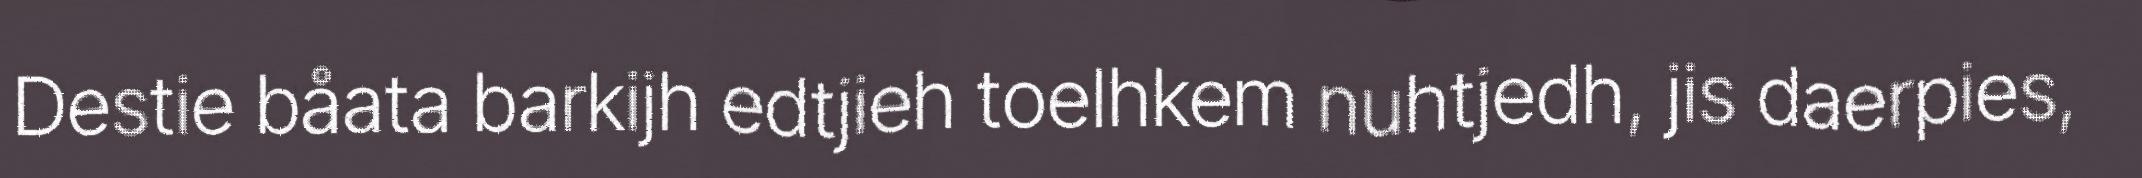
Destie båata barkijh edtjieh toelhkem nuhtjedh, jis daerpies,